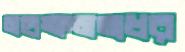
মহাক্ষমতাধর